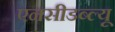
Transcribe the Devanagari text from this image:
एनसीडब्ल्यू